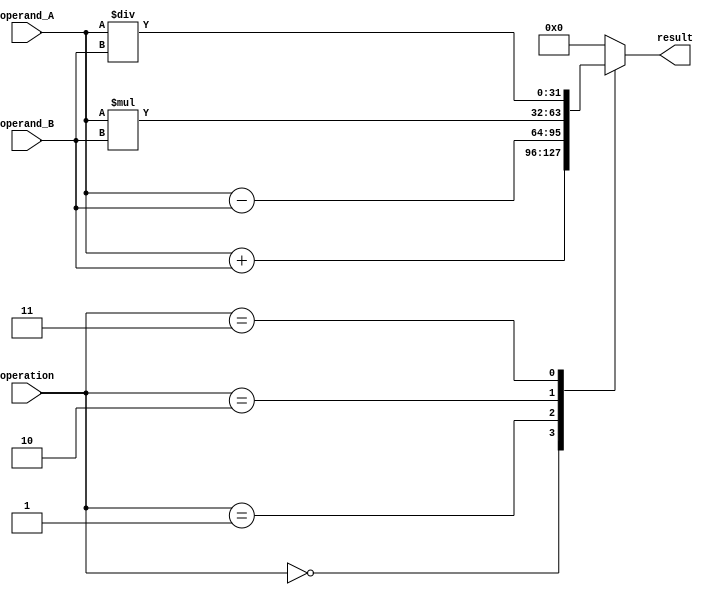
module FloatingPointUnit (
    input wire [31:0] operand_A,
    input wire [31:0] operand_B,
    input wire [3:0] operation,
    output reg [31:0] result
);

   always @(*) begin
       case(operation)
           4'b0000: result <= operand_A + operand_B; // Addition
           4'b0001: result <= operand_A - operand_B; // Subtraction
           4'b0010: result <= operand_A * operand_B; // Multiplication
           4'b0011: result <= operand_A / operand_B; // Division
           // Include additional cases for special cases handling, rounding, and normalization
           default: result <= 32'b0; // Default case
       endcase
   end

endmodule